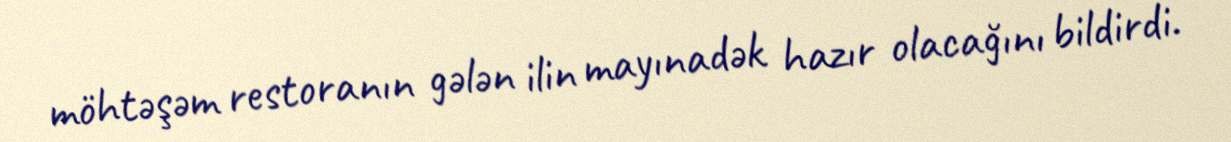
möhtəşəm restoranın gələn ilin mayınadək hazır olacağını bildirdi.